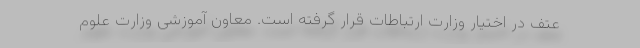
عتف در اختیار وزارت ارتباطات قرار گرفته است. معاون آموزشی وزارت علوم